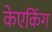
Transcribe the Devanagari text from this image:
केएकिंग